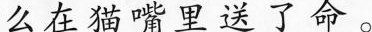
么在猫嘴里送了命。